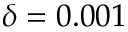
\delta = 0 . 0 0 1